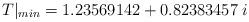
LaTeX: \begin{align*}T|_{min}=1.23569142+0.82383457\;i\end{align*}